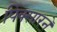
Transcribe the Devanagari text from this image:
पिक्सारने